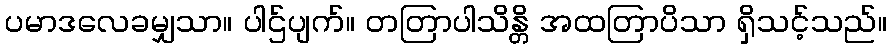
ပမာဒလေခမျှသာ။ ပါဌ်ပျက်။ တတြာပါသိန္တိ အထတြာပိသာ ရှိသင့်သည်။